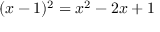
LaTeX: ( x - 1 ) ^ { 2 } = x ^ { 2 } - 2 x + 1